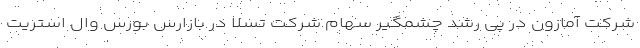
شرکت آمازون در پی رشد چشمگیر سهام شرکت تسلا در بازارس بورس وال استریت